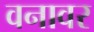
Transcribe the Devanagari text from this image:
वनावर